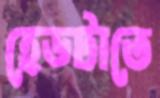
হেডটাতে